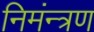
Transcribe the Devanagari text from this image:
निमंन्त्रण